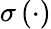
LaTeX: \sigma\left(\cdot\right)